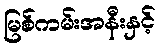
မြစ်ကမ်းအနီးနှင့်